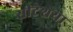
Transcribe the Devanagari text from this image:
सीटेशया